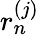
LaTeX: r_{n}^{(j)}